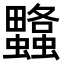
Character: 𧕌